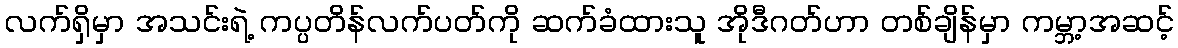
လက်ရှိမှာ အသင်းရဲ့ ကပ္ပတိန်လက်ပတ်ကို ဆက်ခံထားသူ အိုဒီဂတ်ဟာ တစ်ချိန်မှာ ကမ္ဘာ့အဆင့်